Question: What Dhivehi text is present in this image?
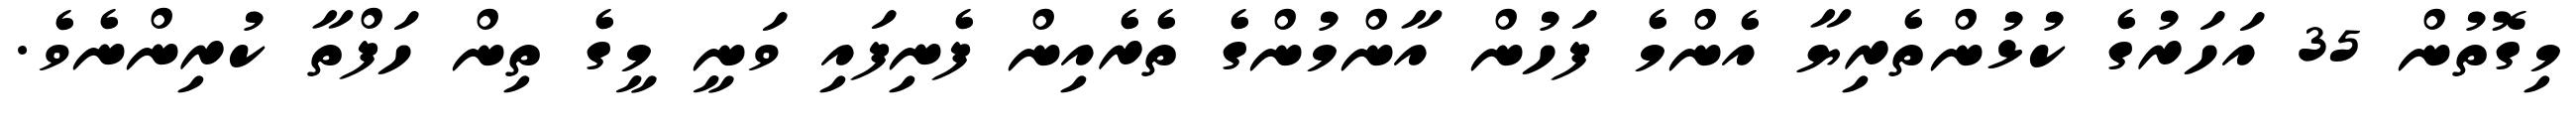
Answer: މިގޮތުން 35 އަހަރުގެ ކުޅުންތެރިޔާ އެންމެ ފަހުން އާންމުންގެ ތެރެއިން ފެނިފައި ވަނީ މީގެ ތިން ހަފްތާ ކުރިންނެވެ.